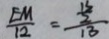
\frac { E M } { 1 2 } = \frac { \frac { 1 3 } { 2 } } { 1 3 }